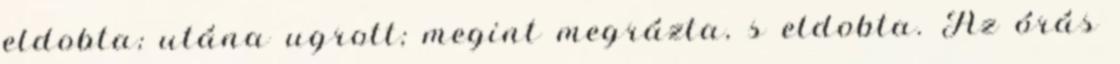
eldobta; utána ugrott; megint megrázta, s eldobta. Az órás